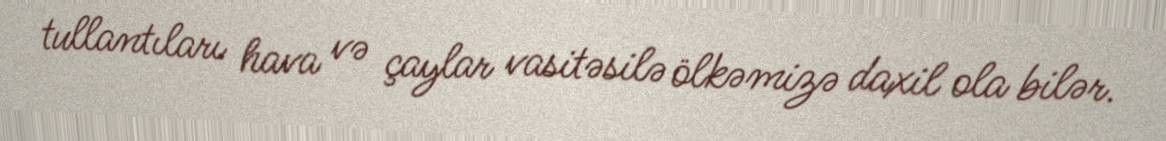
tullantıları hava və çaylar vasitəsilə ölkəmizə daxil ola bilər.